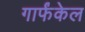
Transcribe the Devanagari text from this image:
गार्फंकेल